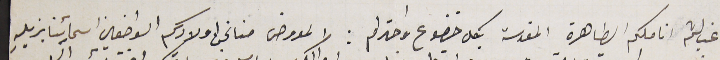
غب لثم اناملكم الطاهرة المقدسة بكل خضوع واحترام: المعروض منا نحن اولادكم الواضعين اسمائِنا بزبلهِ